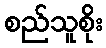
စည်သူစိုး